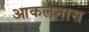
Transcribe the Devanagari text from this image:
आकलनास